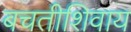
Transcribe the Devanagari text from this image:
बचतीशिवाय